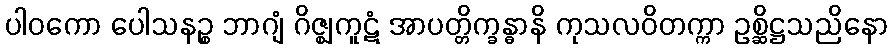
ပါဝကော ပေါသနဉ္စ ဘာဂျံ ဂိဇ္ဈကူဋံ အာပတ္တိက္ခန္ဓာနိ ကုသလဝိတက္ကာ ဥစ္ဆိဋ္ဌသညိနော